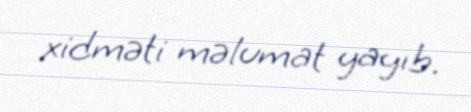
xidməti məlumat yayıb.